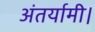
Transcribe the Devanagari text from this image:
अंतर्यामी।